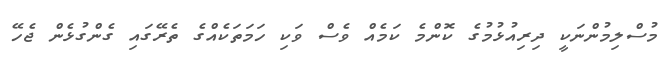
މުސްލިމުންނަކީ ދިރިއުޅުމުގެ ކޮންމެ ކަމެއް ވެސް ވަކި ހަމަތަކެއްގެ ތެރޭގައި ގެންގުޅެން ޖެހޭ